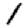
Digit: 1